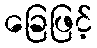
ခြေဖြင့်